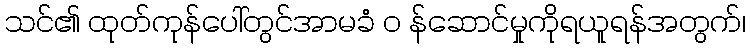
သင်၏ ထုတ်ကုန်ပေါ်တွင်အာမခံ ၀ န်ဆောင်မှုကိုရယူရန်အတွက်၊